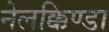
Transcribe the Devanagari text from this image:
नेलक्किण्डा